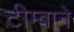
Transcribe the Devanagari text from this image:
टीम्बाने